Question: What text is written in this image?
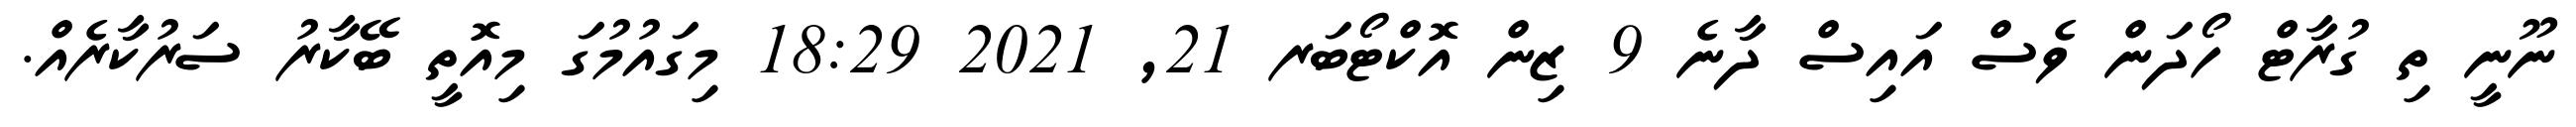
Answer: ނޫނީ ތި ގުރާޓް ހޯދަން ވެސް އައިސް ދާނެ 9 ޒިން އޮކްޓޯބަރ 21, 2021 18:29 މިގައުމުގަ މިއޮތީ ބޭކާރު ސަރުކާރެއް.